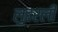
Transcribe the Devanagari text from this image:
लुहरली